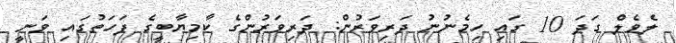
ލެވެލް ގަދަ 10 ގައި ހިމެނުނު ދަރިވަރުން: ދަރިވަރުންގެ ކާމިޔާބީގެ ފަހަތުގައި ވަނީ